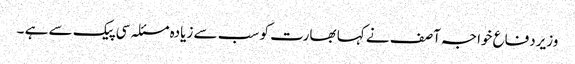
وزیردفاع خواجہ آصف نے کہا بھارت کو سب سے زیادہ مسئلہ سی پیک سے ہے ۔